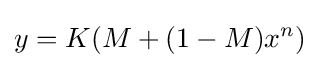
y=K(M+(1-M)x^{n})